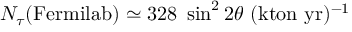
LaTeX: N _ { \tau } ( \mathrm { F e r m i l a b } ) \simeq 3 2 8 ~ \sin ^ { 2 } 2 \theta ~ ( \mathrm { k t o n } ~ \mathrm { y r } ) ^ { - 1 }